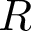
R